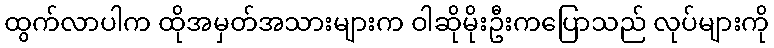
ထွက်လာပါက ထိုအမှတ်အသားများက ဝါဆိုမိုးဦးကပြောသည် လုပ်များကို